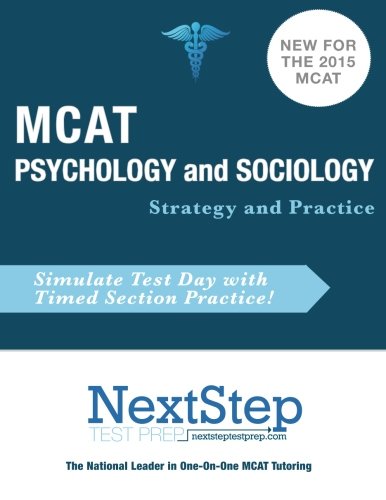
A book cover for MCAT Psychology and Sociology: Strategy and Practice; Bryan Schnedeker; Test Preparation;